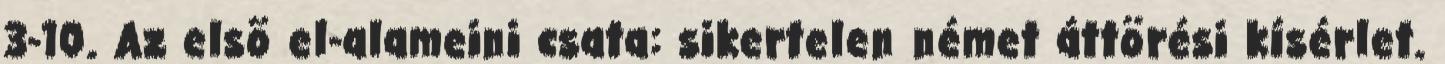
3-10. Az elsõ el-alameini csata: sikertelen német áttörési kísérlet.